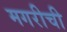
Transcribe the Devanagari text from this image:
मगरीची